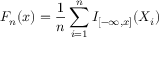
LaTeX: F _ { n } ( x ) = { \frac { 1 } { n } } \sum _ { i = 1 } ^ { n } I _ { [ - \infty , x ] } ( X _ { i } )